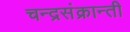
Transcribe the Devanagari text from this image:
चन्द्रसंक्रान्ती